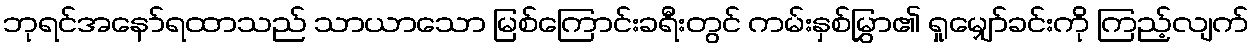
ဘုရင်အနော်ရထာသည် သာယာသော မြစ်ကြောင်းခရီးတွင် ကမ်းနှစ်မြွှာ၏ ရှုမျှော်ခင်းကို ကြည့်လျက်